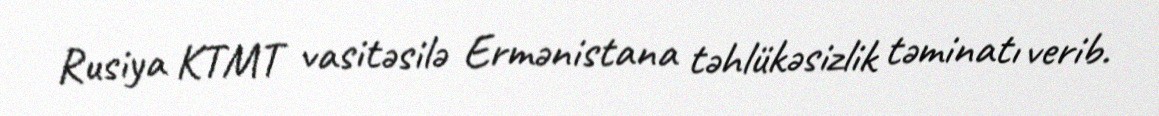
Rusiya KTMT vasitəsilə Ermənistana təhlükəsizlik təminatı verib.